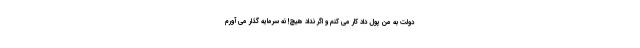
دولت به من پول داد کار می کنم و اگر نداد هیچ! نه سرمایه گذار می آورم